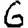
Digit: 6